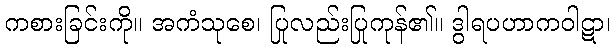
ကစားခြင်းကို။ အကံသုစေ၊ ပြုလည်းပြုကုန်၏။ ဒွါရပဟာကဝါဋာ၊